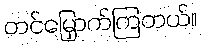
တင်မြှောက်ကြတယ်။